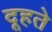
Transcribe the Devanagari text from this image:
दूहते